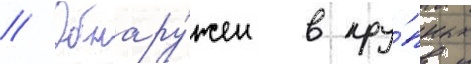
// Обнару́жен в кру́пных